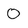
Character: 0